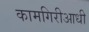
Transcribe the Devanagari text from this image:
कामगिरीआधी